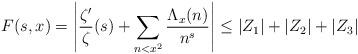
LaTeX: \begin{align*} F(s,x) = \left| \frac{\zeta'}{\zeta}(s) + \sum_{n<x^2} \frac{\Lambda_x(n)}{n^s} \right| \leq |Z_1| + |Z_2| + |Z_3| \end{align*}